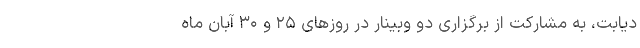
دیابت، به مشارکت از برگزاری دو وبینار در روز‌های ۲۵ و ۳۰ آبان ماه